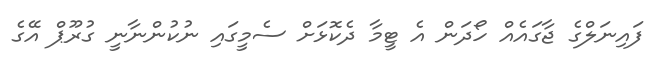
ފައިނަލްގެ ޖާގައެއް ހޯދަން އެ ޓީމާ ދެކޮޅަށް ސެމީގައި ނުކުންނާނީ ގުރޫޕް އޭގެ